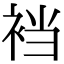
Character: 裆